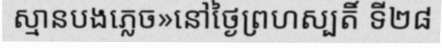
ស្មានបងភ្លេច»នៅថ្ងៃព្រហស្បតិ៍ ទី២៨